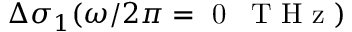
\Delta \sigma _ { 1 } ( \omega / 2 \pi = \mathrm { ~ 0 ~ \, ~ T ~ H ~ z ~ } )